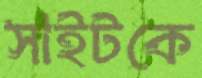
সাইটকে